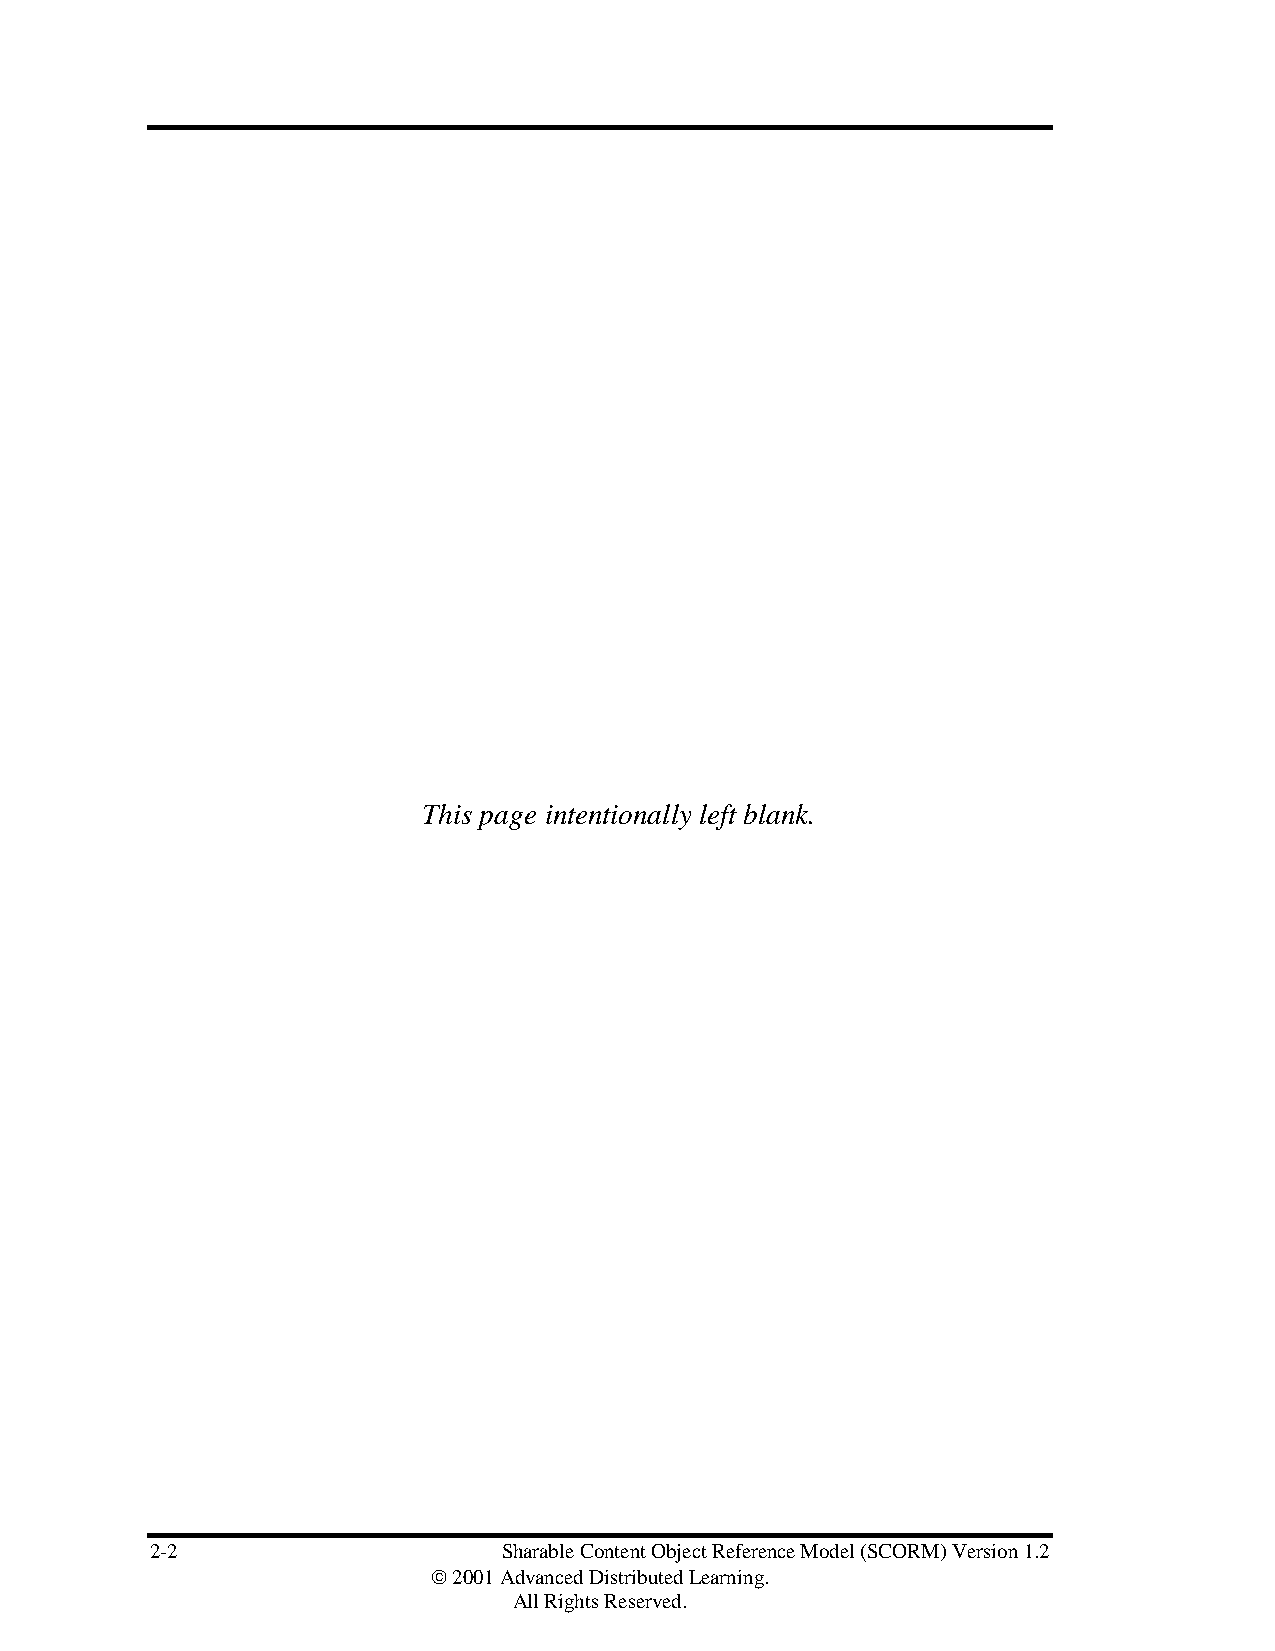
This page intentionally left blank.
 2-2                    Sharable Content Object Reference Model (SCORM) Version 1.2
  2001 Advanced Distributed Learning.
 All Rights Reserved.